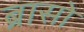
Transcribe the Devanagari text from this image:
ब्रासो